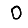
Digit: 0